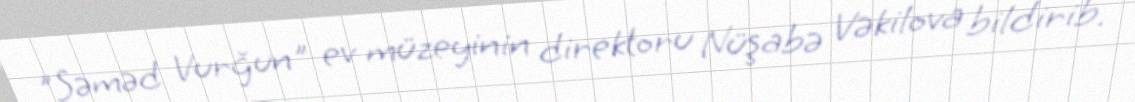
"Səməd Vurğun" ev müzeyinin direktoru Nüşabə Vəkilova bildirib.